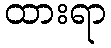
ထားရာ